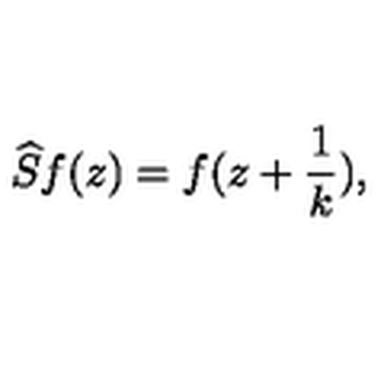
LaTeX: \widehat { S } f ( z ) = f ( z + \frac { 1 } { k } ) ,